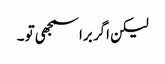
لیکن اگر برا سمجھی تو ۔